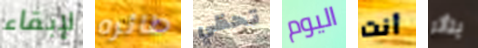
لإبقاء طائره تحظي اليوم أنت يتأثر